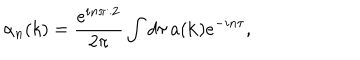
\alpha _ { n } ( k ) = \frac { e ^ { i n \pi / 2 } } { 2 \pi } \int { d \tau \, a ( { \bf k } ) e ^ { - i n \tau } } ,